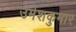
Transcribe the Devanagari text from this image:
उमेशकुमार